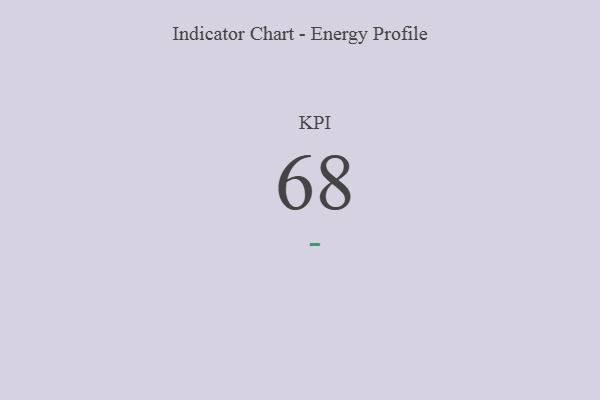
{"axis": {"x": "KPI", "y": "Value"}, "legend": [""], "data": [{"x": "KPI", "y": 68, "type": ""}]}